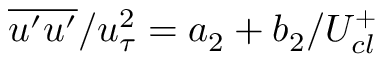
\overline { { u ^ { \prime } u ^ { \prime } } } / u _ { \tau } ^ { 2 } = a _ { 2 } + b _ { 2 } / U _ { c l } ^ { + }